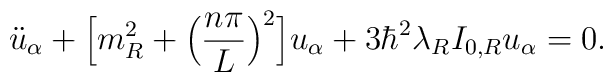
\ddot{u}_{\alpha} + \Bigl[m^2_R + \Bigl(\frac{n \pi}{L} \Bigr)^2\Bigr] u_{\alpha} + 3 \hbar^2 \lambda_R I_{0,R} u_{\alpha} = 0.